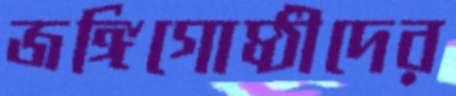
জঙ্গিগোষ্ঠীদের